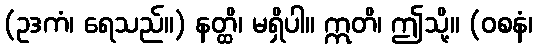
(ဥဒကံ၊ ရေသည်။) နတ္ထိ၊ မရှိပါ။ ဣတိ၊ ဤသို့။ (ဝစနံ၊